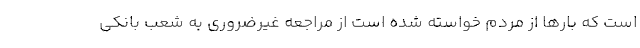
است که بارها از مردم خواسته شده است از مراجعه غیرضروری به شعب بانکی